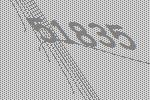
51835